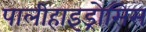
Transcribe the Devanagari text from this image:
पालीहाइड्रोसिस